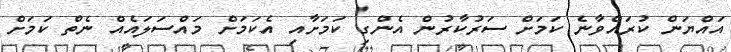
އައްޔަން ކުރައްވާނެ ކަމަށް ސަރުކާރުން އެންގި ކަމަށާއި އެކަމަށް މައްސަލައެއް ނެތް ކަމަށް